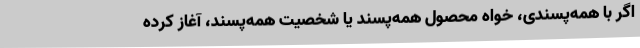
اگر با همه‌پسندی، خواه محصول همه‌پسند یا شخصیت همه‌پسند، آغاز کرده